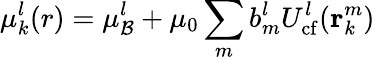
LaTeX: \mu_{k}^{l}(r)=\mu_{\mathcal{B}}^{l}+\mu_{0}\sum_{m}b_{m}^{l}U_{\mathrm{cf}}^{l}(\mathbf{r}_{k}^{m})